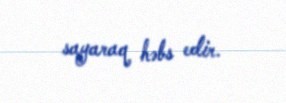
sayaraq həbs edir.